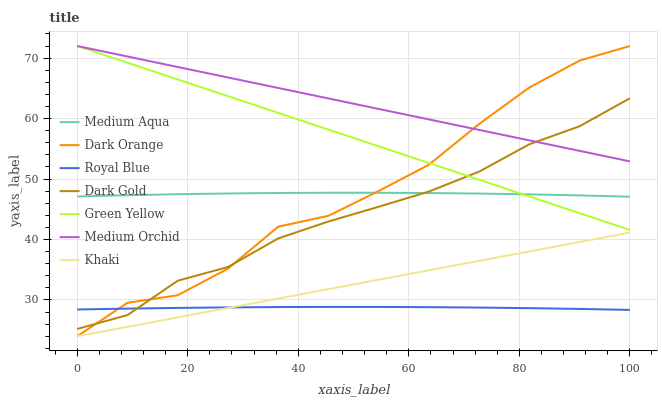
| xaxis_label | Medium Aqua | Dark Orange | Royal Blue | Dark Gold | Green Yellow | Medium Orchid | Khaki |
 | --- | --- | --- | --- | --- | --- | --- | --- |
 | 0 | 47.1 | 24 | 28.4 | 25.2 | 72 | 72 | 24 |
 | 9.09 | 47.3 | 29.5 | 28.6 | 27.5 | 69.2 | 70.3 | 25.6 |
 | 18.2 | 47.5 | 30.8 | 28.7 | 33.2 | 66.5 | 68.5 | 27.1 |
 | 27.3 | 47.6 | 35.2 | 28.8 | 35.5 | 63.7 | 66.8 | 28.7 |
 | 36.4 | 47.7 | 42.1 | 28.8 | 40.2 | 60.9 | 65.1 | 30.2 |
 | 45.5 | 47.7 | 43.9 | 28.9 | 43 | 58.2 | 63.3 | 31.8 |
 | 54.5 | 47.7 | 48 | 28.8 | 45.4 | 55.4 | 61.6 | 33.4 |
 | 63.6 | 47.7 | 52.4 | 28.8 | 47.9 | 52.6 | 59.9 | 34.9 |
 | 72.7 | 47.6 | 59.1 | 28.7 | 51.2 | 49.9 | 58.1 | 36.5 |
 | 81.8 | 47.5 | 65.1 | 28.6 | 55.8 | 47.1 | 56.4 | 38 |
 | 90.9 | 47.3 | 69.6 | 28.5 | 58.7 | 44.4 | 54.7 | 39.6 |
 | 100 | 47.1 | 72 | 28.4 | 63.4 | 41.6 | 52.9 | 41.1 |